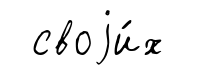
своjи́х